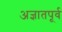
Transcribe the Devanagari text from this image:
अज्ञातपूर्व